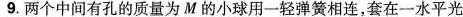
9.两个中间有孔的质量为M的小球用一轻弹簧相连，套在一水平光